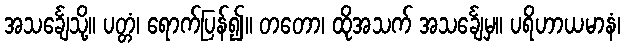
အသင်္ချေသို့။ ပတ္တံ၊ ရောက်ပြန်၍။ တတော၊ ထိုအသက် အသင်္ချေမှ။ ပရိဟာယမာနံ၊